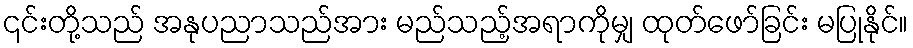
၎င်းတို့သည် အနုပညာသည်အား မည်သည့်အရာကိုမျှ ထုတ်ဖော်ခြင်း မပြုနိုင်။